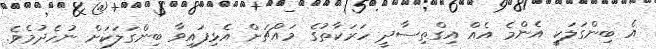
އެ ބިންގަލަކީ އެންމެ އެއް އިގްތިސާދީ ހަރަކާތުގެ މައްޗަށް އެޅިފައިވާ ބިންގަލަކަށް ނުހެދުމެވެ.